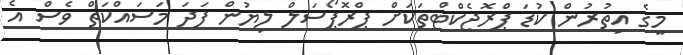
މީގެ އިތުރުން ކުޑަ ޕްރޮޖެކްޓްތަކަށް ޕްރޮޕޯސަލް ލިޔުން ފަދަ މަސައްކަތް ވެސް އެ